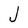
Character: J